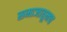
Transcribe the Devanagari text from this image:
समाजातूनच